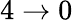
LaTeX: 4\rightarrow 0